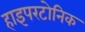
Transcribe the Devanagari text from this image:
हाइपरटोनिक